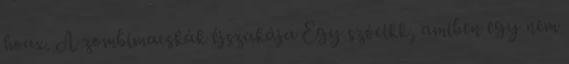
hoax. A zombimacskák éjszakája Egy szócikk, amiben egy nem